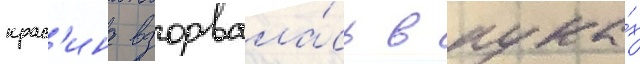
крас'ина взорвала́сь в рука́х